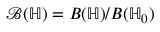
\mathcal B ( \mathbb H ) = B ( \mathbb H ) / B ( \mathbb H _ { 0 } )